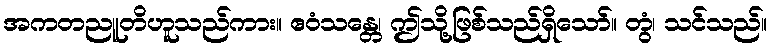
အကတညူတိဟူသည်ကား။ ဧဝံသန္တေ၊ ဤသို့ဖြစ်သည်ရှိသော်။ တွံ၊ သင်သည်။